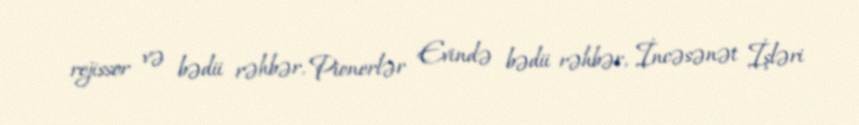
rejissor və bədii rəhbər, Pionerlər Evində bədii rəhbər, İncəsənət İşləri